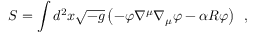
S = \int d ^ { 2 } x \sqrt { - g } \left( - \varphi \nabla ^ { \mu } \nabla _ { \mu } \varphi - \alpha R \varphi \right) \, \, \, ,